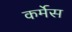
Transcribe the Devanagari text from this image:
कर्मेस